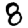
Digit: 8